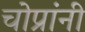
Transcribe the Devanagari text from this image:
चोप्रांनी